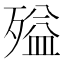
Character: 㱲